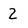
Character: 2